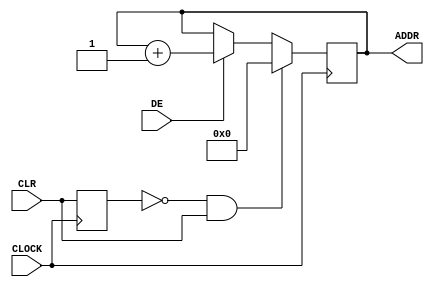
module FRM_COUNTER (
 input CLOCK  , 
 input CLR  ,  
 input DE  , 
 output reg [19:0] ADDR 
 
);
//--wr counter -- 
reg rCLR ; 
always @( posedge   CLOCK ) begin 
      rCLR <= CLR  ; 
      if (!rCLR &  CLR  ) ADDR<=0; 
 else if ( DE  )          ADDR<= ADDR+1 ; 

end 

endmodule